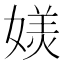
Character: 𭒏